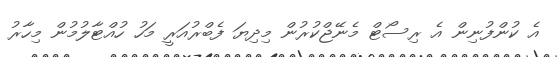
އެ ކުންފުނިން އެ ރިސޯޓް މެނޭޖްކުރުން މިދިޔަ ފެބްރުއަރީ މަހު ހުއްޓާލުމުން މިހާރު